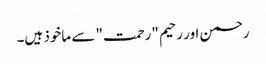
رحمن اور رحیم "رحمت" سے ماخوذ ہیں۔